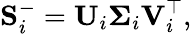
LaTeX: \mathbf{S}_{i}^{-}=\mathbf{U}_{i}\mathbf{\Sigma}_{i}\mathbf{V}_{i}^{\top},